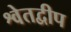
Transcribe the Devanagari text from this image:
श्वेतद्वीप